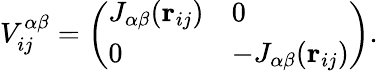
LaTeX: V_{ij}^{\alpha\beta}=\left(\begin{array}{ll}{J_{\alpha\beta}({\mathbf r}_{ij})}&{0}\\ {0}&{-J_{\alpha\beta}({\mathbf r}_{ij})}\end{array}\right).